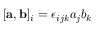
[ { \bf a } , { \bf b } ] _ { i } = \epsilon _ { i j k } a _ { j } b _ { k }